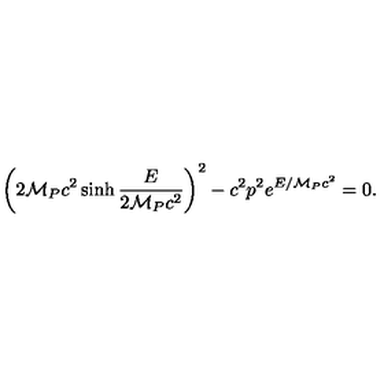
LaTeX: \left( 2 { \cal M } _ { P } c ^ { 2 } \sinh \frac { E } { 2 { \cal M } _ { P } c ^ { 2 } } \right) ^ { 2 } - c ^ { 2 } p ^ { 2 } e ^ { E / { \cal M } _ { P } c ^ { 2 } } = 0 .